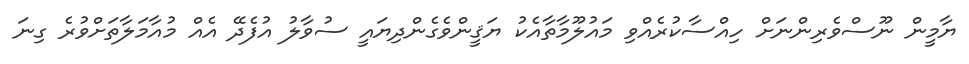
ޔާމީން ނޫސްވެރިންނަށް ހިއްސާކުރެއްވި މައުލޫމާތާއެކު ޔަޤީންވެގެންދިޔައީ ސުވާލު އުފެދޭ އެއް މުއާމަލާތަށްވުރެ ގިނަ